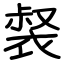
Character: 裻